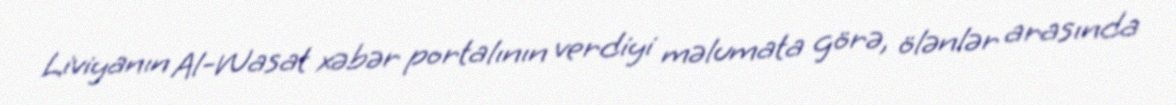
Liviyanın Al-Wasat xəbər portalının verdiyi məlumata görə, ölənlər arasında